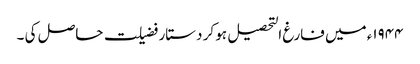
۱۹۴۴ء میں فارغ التحصیل ہو کر دستار فضیلت حاصل کی ۔